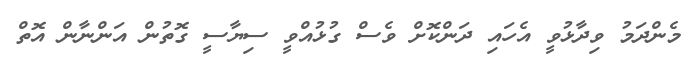
މެންދަމު ވިދާޅުވީ އެހައި ދަންކޮށް ވެސް ގުޅުއްވީ ސިޔާސީ ގޮތުން އަންނާން އޮތް